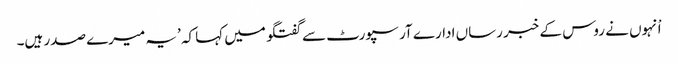
اْنہوں نے روس کے خبر رساں ادارے آر سپورٹ سے گفتگو میں کہا کہ ’یہ میرے صدر ہیں۔